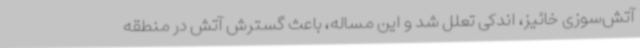
آتش‌سوزی خائیز، اندکی تعلل شد و این مساله، باعث گسترش آتش در منطقه